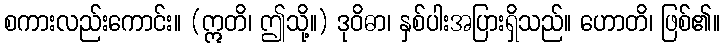
စကားလည်းကောင်း။ (ဣတိ၊ ဤသို့။) ဒုဝိဓာ၊ နှစ်ပါးအပြားရှိသည်။ ဟောတိ၊ ဖြစ်၏။